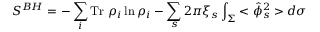
S ^ { B H } = - \sum _ { i } \mathrm { T r } ~ \rho _ { i } \ln \rho _ { i } - \sum _ { s } 2 \pi \xi _ { s } \int _ { \Sigma } < \hat { \phi } _ { s } ^ { 2 } > d \sigma